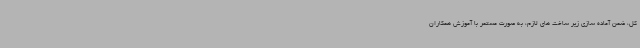
کل، ضمن آماده سازی زیر ساخت های لازم، به صورت مستمر با آموزش همکاران